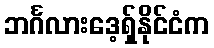
ဘင်္ဂလားဒေ့ရှ်နိုင်ငံက